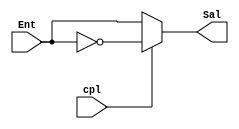
module compl1(output wire [3:0] Sal, input wire [3:0] Ent, input wire cpl);
	
	//Si cpl = 1, Sal = Cpl1(Ent) y si no, Sal = Ent
	assign Sal = cpl ? (~Ent) : Ent;

endmodule